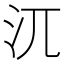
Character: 𣲍